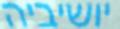
יושיביה